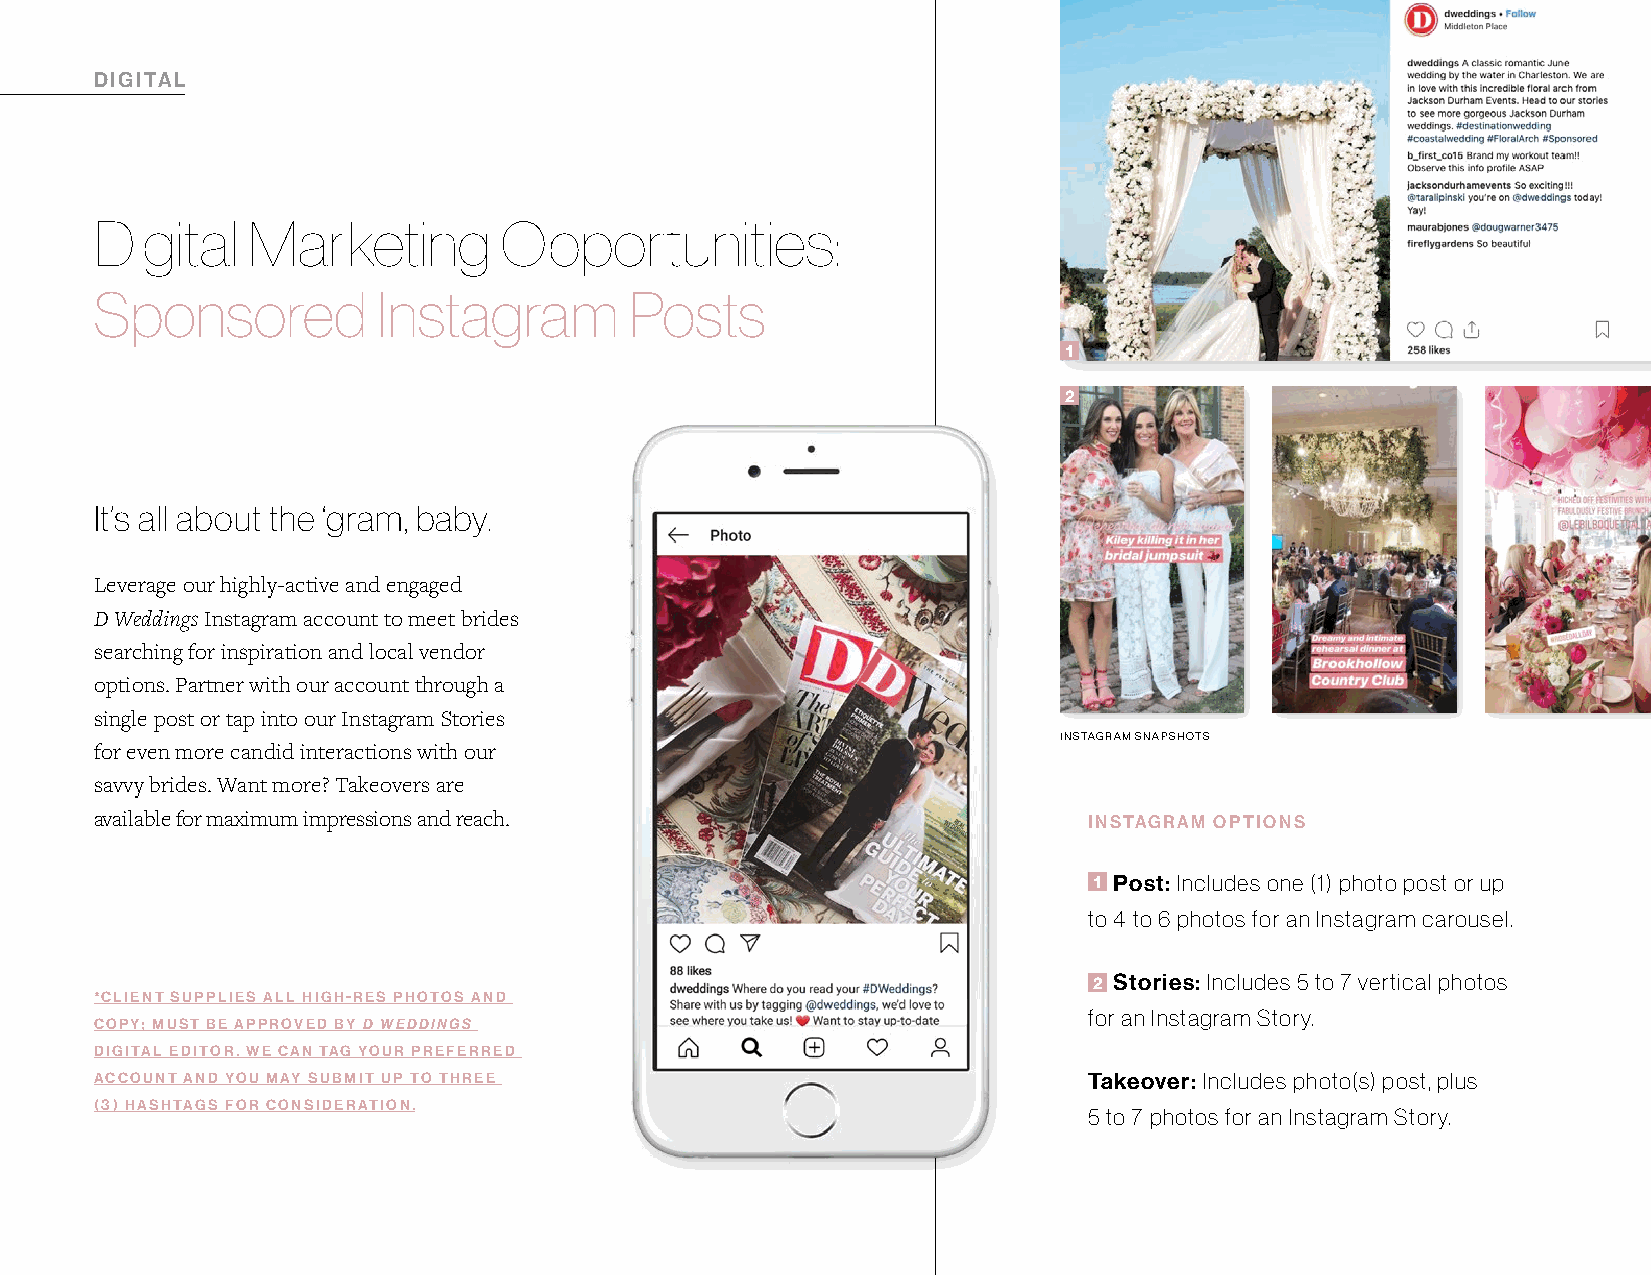
DIGITAL
 Digital   Marketing        Opportunities:
 Sponsored          Instagram        Posts
 1
 2
 It’s all about the ‘gram, baby.
 Leverage our highly-active and engaged
 D Weddings Instagram account to meet brides
 searching for inspiration and local vendor
 options. Partner with our account through a
 single post or tap into our Instagram Stories
 INSTAGRAM SNAPSHOTS
 for even more candid interactions with our
 savvy brides. Want more? Takeovers are
 available for maximum impressions and reach.                      INSTAGRAM OPTIONS
 1 Post: Includes one (1) photo post or up
 to 4 to 6 photos for an Instagram carousel.
 2 Stories: Includes 5 to 7 vertical photos
 *CLIENT SUPPLIES ALL HIGH-RES PHOTOS AND
 for an Instagram Story.
 COPY; MUST BE APPROVED BY D WEDDINGS
 DIGITAL EDITOR. WE CAN TAG YOUR PREFERRED
 ACCOUNT AND YOU MAY SUBMIT UP TO THREE                            Takeover: Includes photo(s) post, plus
 (3) HASHTAGS FOR CONSIDERATION.
 5 to 7 photos for an Instagram Story.